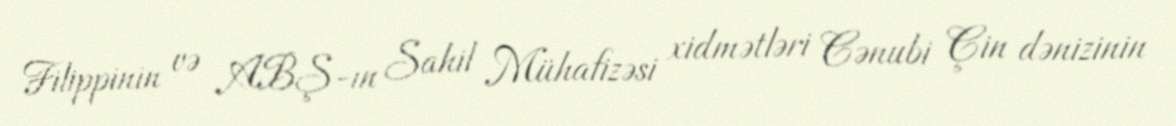
Filippinin və ABŞ-ın Sahil Mühafizəsi xidmətləri Cənubi Çin dənizinin